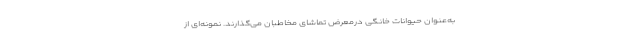
به‌عنوان حیوانات خانگی درمعرض تماشای مخاطبان می‌گذارند. نمونه‌ای از